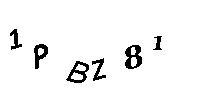
1PBZ81